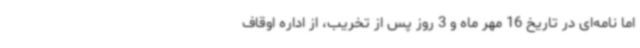
اما نامه‌ای در تاریخ 16 مهر ماه و 3 روز پس از تخریب، از اداره اوقاف